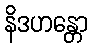
နိဒဟန္တော